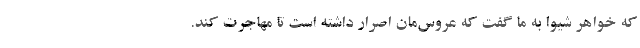
که خواهر شیوا به ما گفت که عروس‌مان اصرار داشته است تا مهاجرت کند.